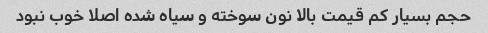
حجم بسیار کم قیمت بالا نون سوخته و سیاه شده اصلا خوب نبود